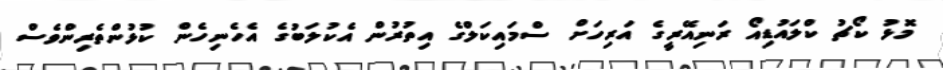
މޮޅު ކޯޗު ކްލައުޑިއޯ ރަނިއޭރީގެ އަރިހަށް ސްމައިކަލްގެ އިތުރުން އެކުލަބުގެ އެހެނިހެން ކުޅުންތެރިންވެސް